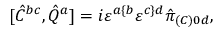
[ \hat { C } ^ { b c } , \hat { Q } ^ { a } ] = i \varepsilon ^ { a \{ b } \varepsilon ^ { c \} d } \hat { \pi } _ { ( C ) 0 d } ,